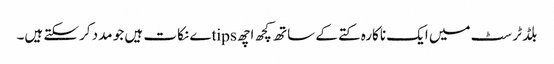
بلڈ ٹرسٹ میں ایک ناکارہ کتے کے ساتھ کچھ اچھ tipsے نکات ہیں جو مدد کرسکتے ہیں۔